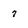
Character: 7